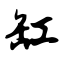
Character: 缸